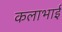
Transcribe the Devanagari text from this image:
कलाभाई